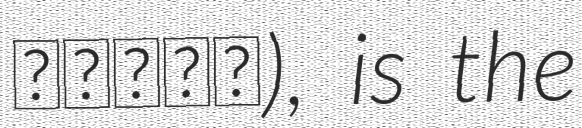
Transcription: دارود), is the